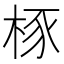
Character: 㭬